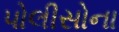
પોલીસોના